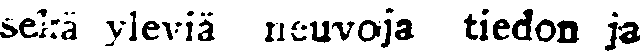
sekä yleviä neuvoja tiedon ja